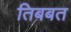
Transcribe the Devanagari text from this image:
तिबबत